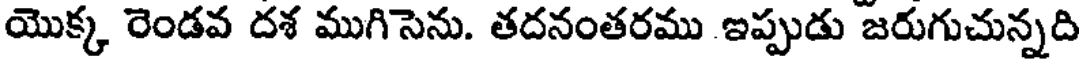
యొక్క రెండవ దశ ముగిసెను. తదనంతరము ఇప్పుడు జరుగుచున్నది